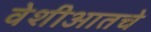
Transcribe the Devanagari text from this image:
वेशीआतचे